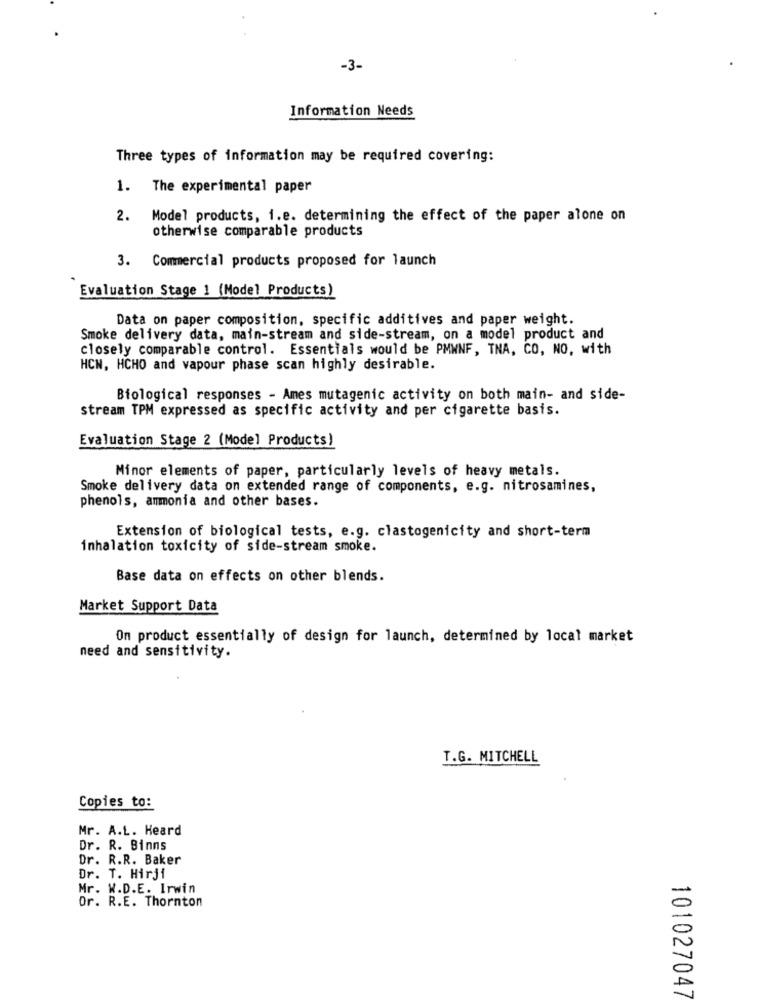
-3-
Information Needs
Three types of information may be required covering:
1. The experimental paper
2. Model products, i.e. determining the effect of the paper alone on
otherwise comparable products
3. Commercial products proposed for launch
Evaluation Stage 1 (Model Products)
Data on paper composition, specific additives and paper weight.
Smoke delivery data, main-stream and side-stream, on a model product and
closely comparable control. Essentials would be PMWNF, TNA, CO, NO, with
HCN, HCHO and vapour phase scan highly desirable.
Biological responses - Ames mutagenic activity on both main- and side-
stream TPM expressed as specific activity and per cigarette basis.
Evaluation Stage 2 (Model Products)
Minor elements of paper, particularly levels of heavy metals.
Smoke delivery data on extended range of components, e.g. nitrosamines,
phenols, ammonia and other bases.
Extension of biological tests, e.g. clastogenicity and short-term
inhalation toxicity of side-stream smoke.
Base data on effects on other blends.
Market Support Data
On product essentially of design for launch, determined by local market
need and sensitivity.
T.G. MITCHELL
Copies to:
Mr. A.L. Heard
Dr. R. Binns
Dr. R.R. Baker
Dr. T. Hirji
Mr. W.D.E. Irwin
Or. R.E. Thornton
101027047